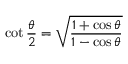
\cot \frac { \theta } { 2 } = \sqrt { \frac { 1 + \cos \theta } { 1 - \cos \theta } }